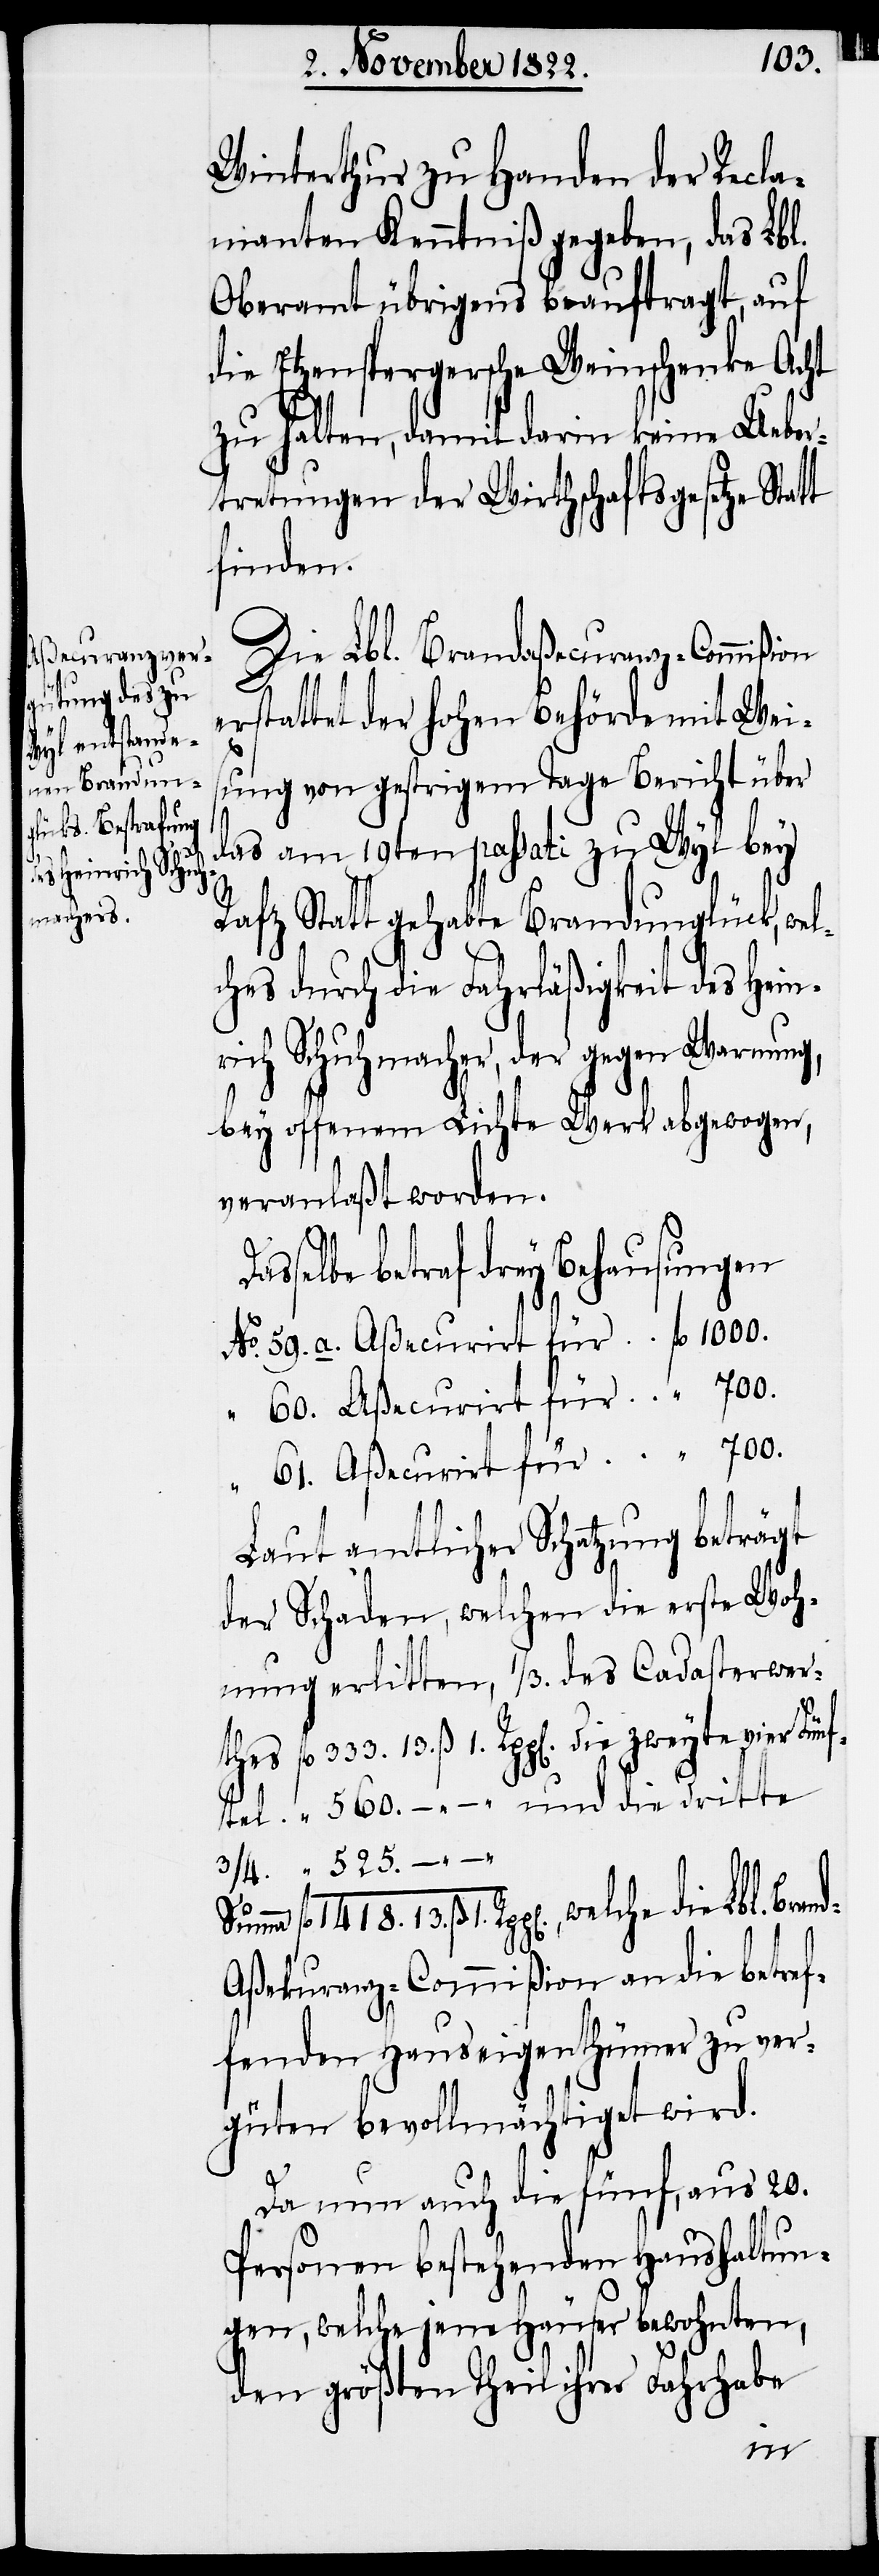
erlitten,
an die betref¬

13.
Winterthur zu Handen der Recla¬
manten Kenntniß gegeben, das Lbl.
Oberamt übrigens beauftragt, auf
die Etzenspergersche Weinschenke Acht
zu halten, damit darin keine Ueber¬
tretungen der Wirthschaftsgesetze
finden.
Die Lbl. Brandaßecuranz-Commißion
erstattet der hohen Behörde mit Weis¬
ung von gestrigem Tage Bericht über
das am 19ten passati zu Wyl bey
Rafz Statt gehabte Brandunglück, wel¬
ches durch die Fahrläßigkeit des Hein¬
rich Schuhmacher, der gegen Warnung,
bey offenem Lichte Werk abgewogen,
veranlaßt worden.
fl.
Dasselbe betraf drey Behausungen
Laut amtlicher Schatzung beträgt
der Schaden, welchen die erste Woh¬
fenden Hauseigenthümer zu ver¬
güten bevollmächtiget wird.
Da nun auch die fünf, aus 20.
Personen bestehenden Haushaltun¬
gen, welche jene Häuser bewohnten,
den größten Theil ihrer Fahrhabe
die